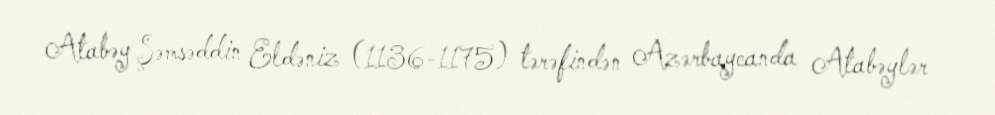
Atabəy Şəmsəddin Eldəniz (1136-1175) tərəfindən Azərbaycanda Atabəylər